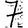
Digit: 7